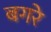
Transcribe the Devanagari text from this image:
बगरे